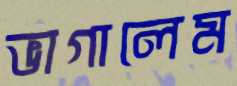
ভাগালেম